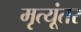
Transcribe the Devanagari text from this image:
मृत्यूंतर